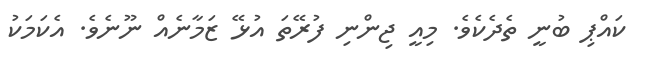
ކައްޕި ބުނީ ތެދެކެވެ. މިއީ ޖިންނި ފުރޭތަ އުޅޭ ޒަމާނެއް ނޫނެވެ. އެކަމަކު